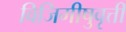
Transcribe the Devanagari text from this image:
विजिगीषुवृत्ती